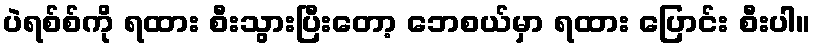
ပဲရစ်စ်ကို ရထား စီးသွားပြီးတော့ ဘေစယ်မှာ ရထား ပြောင်း စီးပါ။